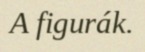
A figurák.